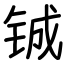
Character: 铖